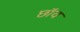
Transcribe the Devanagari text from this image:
छाॅव